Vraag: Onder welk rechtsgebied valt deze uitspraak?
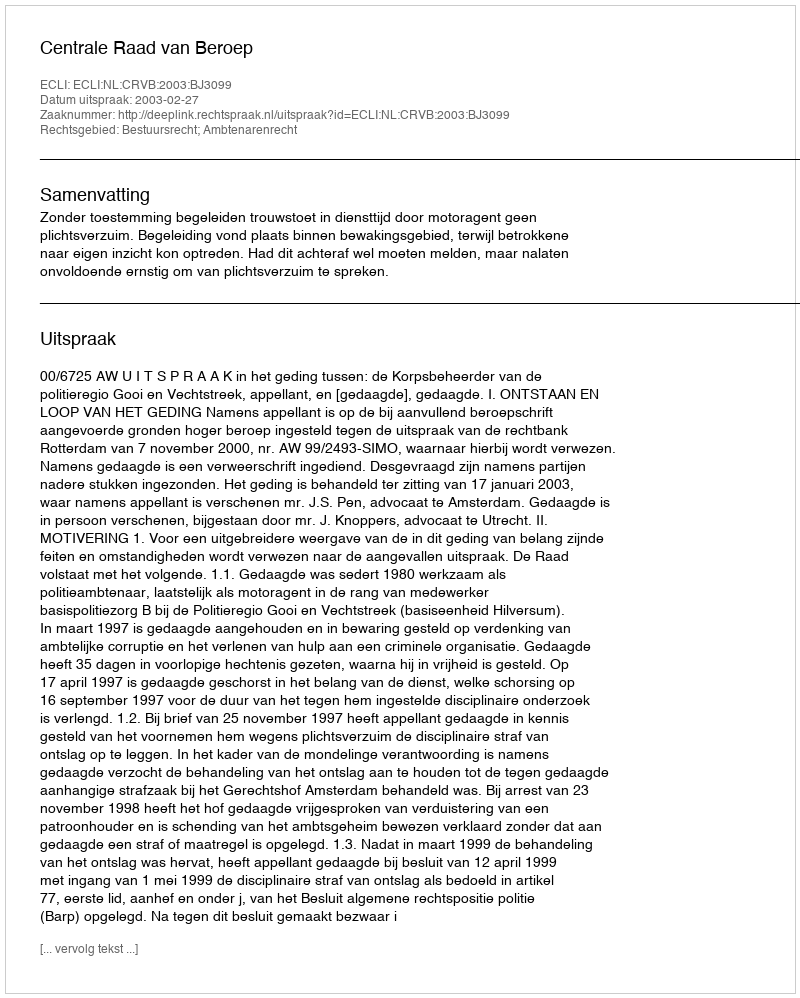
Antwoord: Bestuursrecht; Ambtenarenrecht